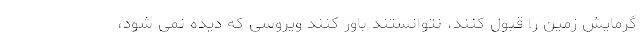
گرمایش زمین را قبول کنند، نتوانستند باور کنند ویروسی که دیده نمی شود،